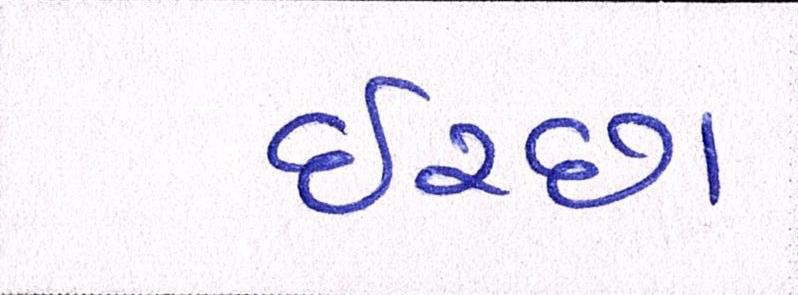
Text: ઈચ્છા